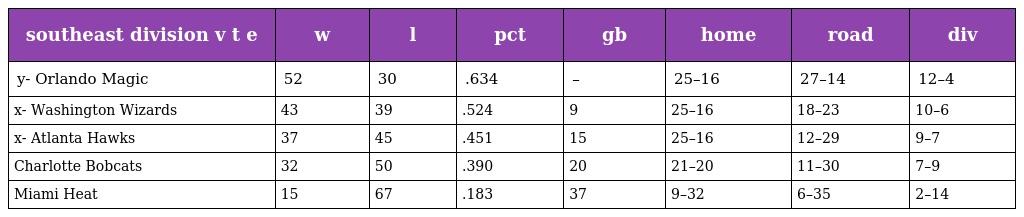
| southeast division v t e | w | l | pct | gb | home | road | div |
 | --- | --- | --- | --- | --- | --- | --- | --- |
 | y- Orlando Magic | 52 | 30 | .634 | – | 25–16 | 27–14 | 12–4 |
 | x- Washington Wizards | 43 | 39 | .524 | 9 | 25–16 | 18–23 | 10–6 |
 | x- Atlanta Hawks | 37 | 45 | .451 | 15 | 25–16 | 12–29 | 9–7 |
 | Charlotte Bobcats | 32 | 50 | .390 | 20 | 21–20 | 11–30 | 7–9 |
 | Miami Heat | 15 | 67 | .183 | 37 | 9–32 | 6–35 | 2–14 |